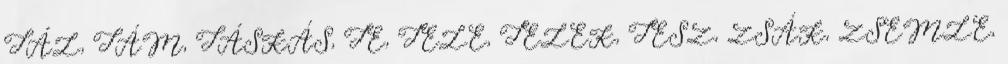
TÁL, TÁM, TÁSKÁS, TE, TELE, TELEK, TESZ, ZSÁK, ZSEMLE,